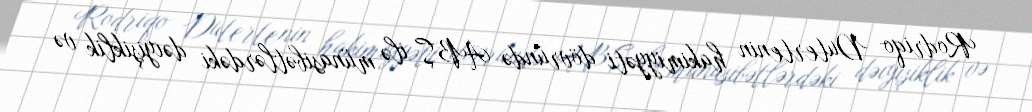
Rodriqo Dutertenin hakimiyyəti dövründə ABŞ ilə münasibətlərdəki dəıyişiklik və